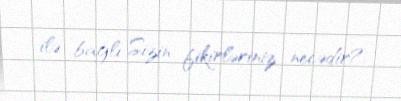
ilə bağlı Sizin fikirləriniz necədir?.